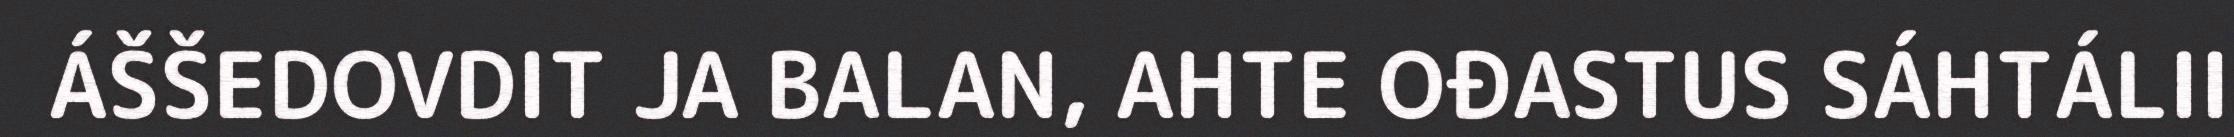
ÁŠŠEDOVDIT JA BALAN, AHTE OĐASTUS SÁHTÁLII